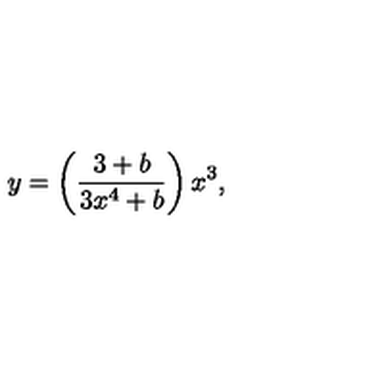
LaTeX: y = \left( \frac { 3 + b } { 3 x ^ { 4 } + b } \right) x ^ { 3 } ,